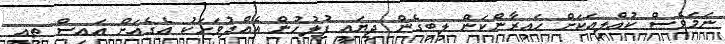
ނަމަވެސް ކުއްލިއަކަށް ހައިރާންކަން ލިބިގެން ދިޔައީ ފުލުހުން އެއްދުވަހަކު އެގެއަށް އައިސް ތިއީ